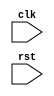
module RISC_SPM #(parameter word_size=8, sel1_size=3, sel2_size=2) 
		(input clk, rst);
		
		//Data Nets
		wire [sel1_size-1: 0] sel_bus_1_mux;
		wire [sel2_size-1: 0] Sel_bus_2_mux;
		wire zero;
		wire [word_size-1: 0] instruction, address, bus_1, mem_word;
		
		//Control Nets
		wire load_R0, load_R1, load_R2, load_R3, load_PC, inc_PC, load_IR,
		     load_add_R, load_Reg_Y, load_Reg_Z, write;
		
		Processing_Unit M0_Processor (instruction, address, bus_1, zero, mem_word,
						load_R0, load_R1, load_R2, load_R3, load_PC, 
						inc_PC, sel_bus_1_mux, Sel_bus_2_mux, load_IR,
						load_add_R, load_Reg_Y, load_Reg_Z, clk, rst);
		
		Control_Unit M1_Controller (Sel_bus_2_mux, sel_bus_1_mux, load_R0, load_R1,
						load_R2, load_R3, load_PC, inc_PC, load_IR, 
						load_add_R, load_Reg_Y, load_Reg_Z, write, 
						instruction, zero, clk, rst);
		
		Memory_Unit M2_MEM (
				    .data_out(mem_word),
				    .data_in(bus_1),
				    .address(address),
				    .clk(clk),
				    .write(write));
endmodule



module Processing_Unit #(parameter word_size=8, op_size=4, sel1_size=3, sel2_size=2)
	(output [word_size-1: 0] instruction, address, bus_1,
	 output zflag,
	 input [word_size-1: 0] mem_word,
	 input load_R0, load_R1, load_R2, load_R3, load_PC, inc_PC,
	 input [sel1_size-1: 0] sel_bus_1_mux,
	 input [sel2_size-1: 0] sel_bus_2_mux,
	 input load_IR, load_add_R, load_Reg_Y, load_Reg_Z, 
	 input clk, rst);
	
	wire [word_size-1: 0] bus_2;
	wire [word_size-1: 0] R0_out, R1_out, R2_out, R3_out;
	wire [word_size-1: 0] PC_count, Y_value, alu_out;
	wire alu_zero_flag;
	wire [op_size-1: 0] opcode = instruction [word_size-1: word_size-op_size];
	
	Register_Unit        R0    (R0_out, bus_2, load_R0, clk, rst);
	Register_Unit        R1    (R1_out, bus_2, load_R1, clk, rst);
	Register_Unit        R2    (R2_out, bus_2, load_R2, clk, rst);
	Register_Unit        R3    (R3_out, bus_2, load_R3, clk, rst);
	Register_Unit        Reg_Y (Y_value, bus_2, load_Reg_Y, clk, rst);
	D_flop               Reg_Z (zflag, alu_zero_flag, load_Reg_Z, clk, rst);
	Address_Register     Add_R (address, bus_2, load_add_R, clk, rst);
	Instruction_Register IR    (instruction, bus_2, load_IR, clk, rst);
	Program_Counter      PC    (PC_count, bus_2, load_pc, inc_pc, clk, rst);
	Multiplexer_5ch      Mux_1 (bus_1, R0_out, R1_out, R2_out, R3_out, PC_count,
				     sel_bus_1_mux);
	Multiplexer_3ch      Mux_2 (bus_2, alu_out, bus_1, mem_word, sel_bus_2_mux);
	Alu_RISC             ALU   (alu_out, alu_zero_flag, Y_value, bus_1, opcode);
endmodule



module Register_Unit #(parameter word_size = 8)
	(output reg [word_size-1: 0] data_out,
	 input [word_size-1: 0] data_in,
	 input load, clk, rst);
	
	always @ (posedge clk, negedge rst)
	   if (rst == 1'b0) data_out <= 0;
	   else if (load) data_out <= data_in;
endmodule



module D_flop (output reg data_out,
		input data_in, load, clk, rst);
	
	always @ (posedge clk, negedge rst)
	   if (rst == 1'b0) data_out <= 0;
	   else if (load == 1'b1) data_out <= data_in;
endmodule



module Address_Register #(parameter word_size=8)
	(output reg [word_size-1: 0] data_out,
	 input [word_size-1: 0] data_in,
	 input load, clk, rst);
	
	always @ (posedge clk, negedge rst)
	   if (rst == 1'b0) data_out <= 0;
	   else if (load == 1'b1) data_out <= data_in;
endmodule 



module Instruction_Register #(parameter word_size=8)
	(output reg [word_size-1: 0] data_out,
	 input [word_size-1: 0] data_in,
	 input load, clk, rst);
	
	always @ (posedge clk, negedge rst)
	   if (rst == 1'b0) data_out <= 0;
	   else if (load == 1'b1) data_out <= data_in;
endmodule



module Program_Counter #(parameter word_size=8)
	(output reg [word_size-1: 0] count,
	 input [word_size-1: 0] data_in,
	 input load_PC, inc_PC,
	 input clk, rst);
	
	always @ (posedge clk, negedge rst)
	   if (rst == 1'b0) count <= 0;
	   else if (load_PC == 1'b0) count <= data_in;
	   else if (inc_PC == 1'b1) count <= count +1;
endmodule 



module Multiplexer_5ch #(parameter word_size=8)
	(output [word_size-1: 0] mux_out,
	 input [word_size-1: 0] data_a, data_b, data_c, data_d, data_e,
	 input [2: 0] sel);
	 
	 assign mux_out = (sel == 0) ? data_a : (sel == 1)
	 			      ? data_b : (sel == 2)
	 			      ? data_c : (sel == 3)
	 			      ? data_d : (sel == 4)
	 			      ? data_e : 'bx; 
endmodule



module Multiplexer_3ch #(parameter word_size=8)
	(output [word_size-1: 0] mux_out,
	 input [word_size-1: 0] data_a, data_b, data_c,
	 input [1: 0] sel);
	
	assign mux_out = (sel == 0) ? data_a : (sel == 1)
				     ? data_b : (sel == 2)
	 			     ? data_c : 'bx;
endmodule

module Alu_RISC #(parameter word_size=8, op_size=4,
	//Opcodes
	NOP = 4'b0000,
	ADD = 4'b0001,
	SUB = 4'b0010,
	AND = 4'b0011,
	NOT = 4'b0100,
	RD  = 4'b0101 ,
	WR  = 4'b0110,
	BR  = 4'b0111 ,
	BRZ = 4'b1000)
	//Ports
	(output reg [word_size-1: 0] alu_out,
	 output alu_zero_flag,
	 input [word_size-1: 0] data_1, data_2,
	 input [op_size-1: 0] sel);
	
	assign alu_zero_flag = ~|alu_out;	//unsure if NOR
	always @(sel, data_1, data_2)
	   case (sel)
	   	 NOP: alu_out = 0;
	   	 ADD: alu_out = data_1 + data_2; // Reg_Y + Bus_1
	   	 SUB: alu_out = data_2 - data_1;
	   	 AND: alu_out = data_1 & data_2;
	   	 NOT: alu_out = ~data_2;
	   	 default: alu_out = 0;
	   endcase
endmodule



module Control_Unit #(parameter word_size=8, op_size=4, state_size=4,
		       src_size=2, dest_size=2, sel1_size=3, sel2_size=2)
	(output [sel2_size-1: 0] sel_bus_2_mux,
	 output [sel1_size-1: 0] sel_bus_1_mux,
	 output reg load_R0, load_R1, load_R2, load_R3,load_PC, inc_PC,
	            load_IR, load_add_R, load_Reg_Y, load_Reg_Z, write,
	 input [word_size-1: 0] instruction,
	 input zero, clk, rst);
	
	//State Codes
	  parameter s_idle=0, s_fet1=1, s_fet2=2, s_dec=3, s_ex1=4, s_rd1=5,
	            s_rd2=6, s_wr1=7, s_wr2=8, s_br1=9, s_br2=10, s_halt=11;
	
	//Opcodes
	  parameter NOP=0, ADD=1, SUB=2, AND=3, NOT=4, RD=5, WR=6, BR=7, BRZ=8;
	
	//Source and Destination Codes
	  parameter R0=0, R1=1, R2=2, R3=3;
	  
	  reg [state_size-1: 0] state, next_state;
	  reg sel_ALU, sel_bus_1, sel_mem;
	  reg sel_R0, sel_R1, sel_R2, sel_R3, sel_PC;
	  reg err_flag;
	  wire [op_size-1: 0] opcode = instruction [word_size-1: word_size - op_size];
	  wire [src_size-1: 0] src = instruction [src_size + dest_size -1: dest_size];
	  wire [dest_size-1: 0] dest = instruction [dest_size-1: 0];
	  
	//Mux selectors
	  assign sel_bus_1_mux[sel1_size-1: 0] = sel_R0 ? 0:
	  					   sel_R1 ? 1:
	  					   sel_R2 ? 2:
	  					   sel_R3 ? 3:
	  					   sel_PC ? 4: 3'bx; // 3-bits, sized number
	  
	  always @(posedge clk, negedge rst) begin: state_transitions
	     if (rst == 0) state <= s_idle; 
	     else state <= next_state; 
	     end 
	 
	 always @ (state, opcode, src, dest, zero) begin: output_and_next_state
	    sel_R0=0; sel_R1=0; sel_R2=0; sel_R3=0; sel_PC=0;
	    load_R0=0; load_R1=0; load_R2=0; load_R3=0; load_PC=0;
	    load_IR=0; load_add_R=0; load_Reg_Y=0; load_Reg_Z=0;
	    inc_PC=0;
	    sel_bus_1=0;
	    sel_ALU=0;
	    sel_mem=0;
	    write=0;
	    err_flag=0;  //Used for de-bug in simulation
	    next_state=state;
	       case (state)   s_idle: next_state = s_fet1;
	                      s_fet1: begin
	                                next_state = s_fet2;
	                                sel_PC = 1;
	                                sel_bus_1 = 1;
	                                load_add_R = 1;
	                              end
	                      s_fet2: begin
	                                next_state = s_dec;
	                                sel_mem = 1;
	                                load_IR = 1;
	                                inc_PC = 1;
	                              end
	                      s_dec:   case (opcode)
	                                   NOP: next_state = s_fet1;
	                                   ADD, SUB, AND: begin
	                                      next_state = s_ex1;
	                                      sel_bus_1 = 1;
	                                      load_Reg_Y = 1;
	                                      case (src)
	                                           R0: sel_R0 = 1;
	                                           R1: sel_R1 = 1;
	                                           R2: sel_R2 = 1;
	                                           R3: sel_R3 = 1;
	                                           default: err_flag = 1;
	                                      endcase
	                                      end //ADD, SUB, AND
	                                   NOT: begin
	                                        next_state = s_fet1;
	                                        load_Reg_Z = 1;
	                                        sel_ALU = 1;
	                                        case (src)
	                                           R0: sel_R0 = 1;
	                                           R1: sel_R1 = 1;
	                                           R2: sel_R2 = 1;
	                                           R3: sel_R3 = 1;
	                                           default: err_flag = 1;
	                                        endcase
	                                        case (dest)
	                                           R0: load_R0 = 1;
	                                           R1: load_R1 = 1;
	                                           R2: load_R2 = 1;
	                                           R3: load_R3 = 1;
	                                           default: err_flag = 1;
	                                        endcase
	                                        end //NOT
	                                   RD: begin    
	                                       next_state = s_rd1;
	                                       sel_PC = 1; sel_bus_1 = 1; load_add_R = 1;
	                                       end //RD
	                                   WR: begin
	                                       next_state = s_wr1;
	                                       sel_PC = 1; sel_bus_1 = 1; load_add_R = 1;
	                                       end //WR
	                                   BR: begin
	                                       next_state = s_br1;
	                                       sel_PC = 1; sel_bus_1 = 1; load_add_R = 1;
	                                       end //WR
	                                   BRZ: if (zero == 1) begin
	                                        next_state = s_br1;
	                                        sel_PC = 1; sel_bus_1 = 1; load_add_R = 1;
	                                        end //BRZ
	                                   else begin
	                                        next_state = s_fet1;
	                                        inc_PC = 1;
	                                        end
	                                   default: next_state = s_halt;
	                              endcase //(opcode)
	                    s_ex1:    begin
	                              next_state = s_fet1;
	                              load_Reg_Z = 1;
	                              sel_ALU = 1;
	                              case (dest)
	                                   R0: begin sel_R0 = 1; load_R0 = 1; end
	                                   R1: begin sel_R1 = 1; load_R1 = 1; end
	                                   R2: begin sel_R2 = 1; load_R2 = 1; end
	                                   R3: begin sel_R3 = 1; load_R3 = 1; end
	                                   default: err_flag = 1;
	                              endcase
	                              end
	                    s_rd1:    begin
	                              next_state = s_rd2;
	                              sel_mem = 1;
	                              load_add_R = 1;
	                              inc_PC = 1;
	                              end
	                    s_wr1:    begin
	                              next_state = s_wr2;
	                              sel_mem = 1;
	                              load_add_R = 1;
	                              inc_PC = 1;
	                              end
	                    s_rd2:    begin
	                              next_state = s_fet1;
	                              sel_mem = 1;
	                              case (dest)
	                                   R0: load_R0 = 1;
	                                   R1: load_R1 = 1;
	                                   R2: load_R2 = 1;
	                                   R3: load_R3 = 1;
	                                   default: err_flag = 1;
	                              endcase
	                              end
	                    s_wr2:    begin
	                              next_state = s_fet1;
	                              write = 1;
	                              case (src)
	                                   R0: sel_R0 = 1;
	                                   R1: sel_R1 = 1;
	                                   R2: sel_R2 = 1;
	                                   R3: sel_R3 = 1;
	                                   default: err_flag = 1;
	                              endcase
	                              end
	                    s_br1:    begin
	                              next_state = s_br2; sel_mem = 1;
	                              load_add_R = 1;
	                              end
	                    s_br2:    begin
	                              next_state = s_fet1; sel_mem = 1;
	                              load_PC = 1;
	                              end
	                    s_halt:   next_state = s_halt;
	                    default:  next_state = s_idle;
	       endcase
	    end
endmodule



module Memory_Unit #(parameter word_size=8, memory_size=256)
       (output [word_size-1: 0] data_out,
        input [word_size-1: 0] data_in,
        input [word_size-1: 0] address,
        input clk, write);
        
        reg [word_size-1: 0] memory [memory_size-1: 0];
        
        assign data_out = memory[address];
        always @(posedge clk)
           if (write) memory[address] <= data_in;
endmodule